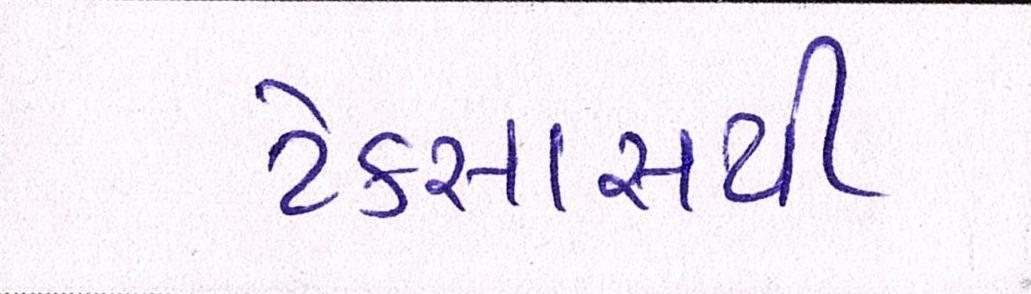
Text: ટેક્સાસથી